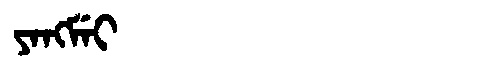
Manchu: ᠶᠠᠩᠮᡝᡳ
Romanization: YANGMEI